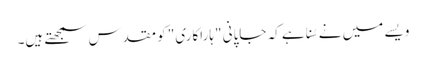
ویسے میں نے سُنا ہے کہ جاپانی "ہاراکاری" کو مقدس سمجھتے ہیں۔